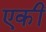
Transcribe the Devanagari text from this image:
एकीं